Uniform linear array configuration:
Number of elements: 64
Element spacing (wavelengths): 0.75
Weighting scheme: kaiser
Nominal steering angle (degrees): -45
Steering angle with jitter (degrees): -44.308
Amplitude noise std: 0.05
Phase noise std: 0.05

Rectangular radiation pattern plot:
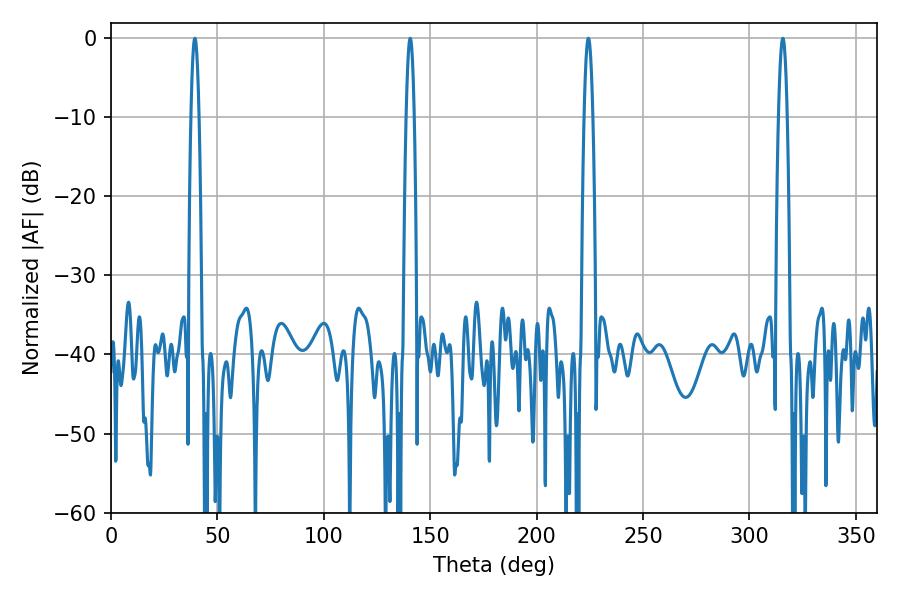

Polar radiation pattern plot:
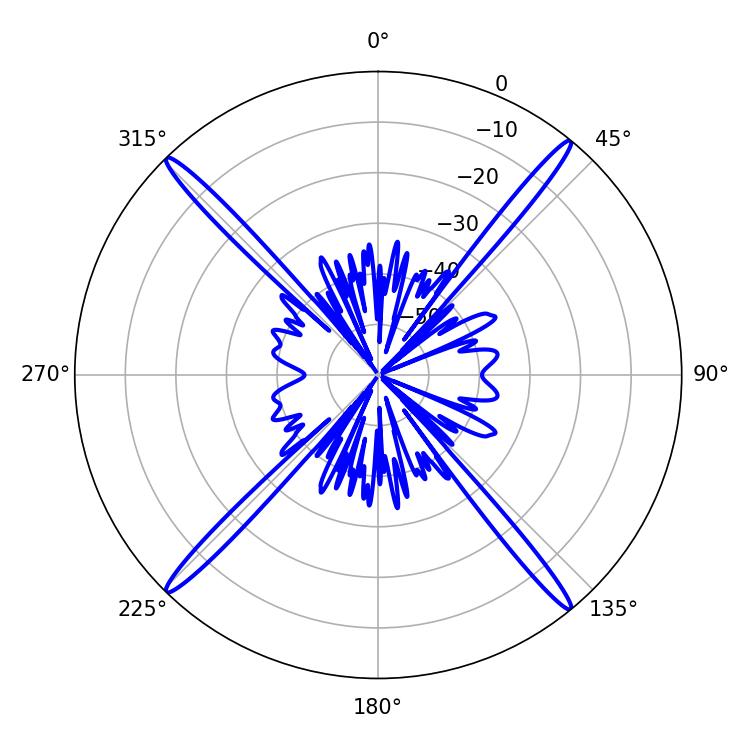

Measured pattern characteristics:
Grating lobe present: TRUE
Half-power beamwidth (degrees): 2.16
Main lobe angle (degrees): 39.42